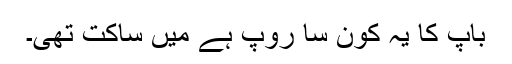
باپ کا یہ کون سا روپ ہے میں ساکت تھی۔